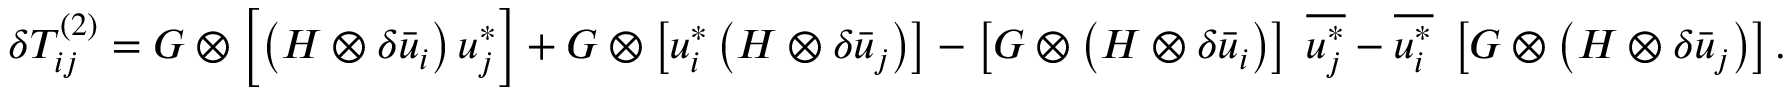
\delta T _ { i j } ^ { \left( 2 \right) } = G \otimes \left[ { \left( { H \otimes \delta { { \bar { u } } _ { i } } } \right) u _ { j } ^ { * } } \right] + G \otimes \left[ { u _ { i } ^ { * } \left( { H \otimes \delta { { \bar { u } } _ { j } } } \right) } \right] - \left[ { G \otimes \left( { H \otimes \delta { { \bar { u } } _ { i } } } \right) } \right] \; \overline { { u _ { j } ^ { * } } } - \overline { { u _ { i } ^ { * } } } \; \left[ { G \otimes \left( { H \otimes \delta { { \bar { u } } _ { j } } } \right) } \right] .